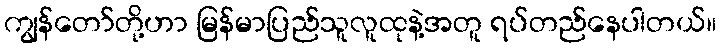
ကျွန်တော်တို့ဟာ မြန်မာပြည်သူလူထုနဲ့အတူ ရပ်တည်နေပါတယ်။